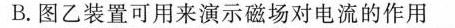
B.图乙装置可用来演示磁场对电流的作用